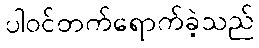
ပါဝင်တက်ရောက်ခဲ့သည်